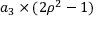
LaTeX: a _ { 3 } \times ( 2 \rho ^ { 2 } - 1 )